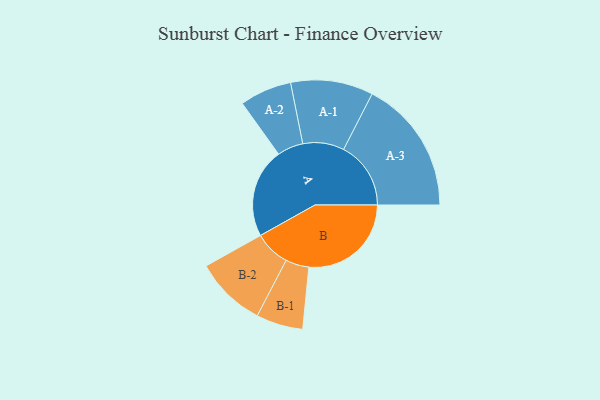
{"axis": {"x": "Segment", "y": "Value"}, "legend": ["", "A", "B"], "data": [{"x": "A", "y": 382, "type": ""}, {"x": "B", "y": 437, "type": ""}, {"x": "A-1", "y": 176, "type": "A"}, {"x": "A-2", "y": 111, "type": "A"}, {"x": "A-3", "y": 287, "type": "A"}, {"x": "B-1", "y": 100, "type": "B"}, {"x": "B-2", "y": 152, "type": "B"}]}